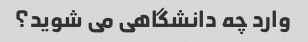
وارد چه دانشگاهی می شوید؟